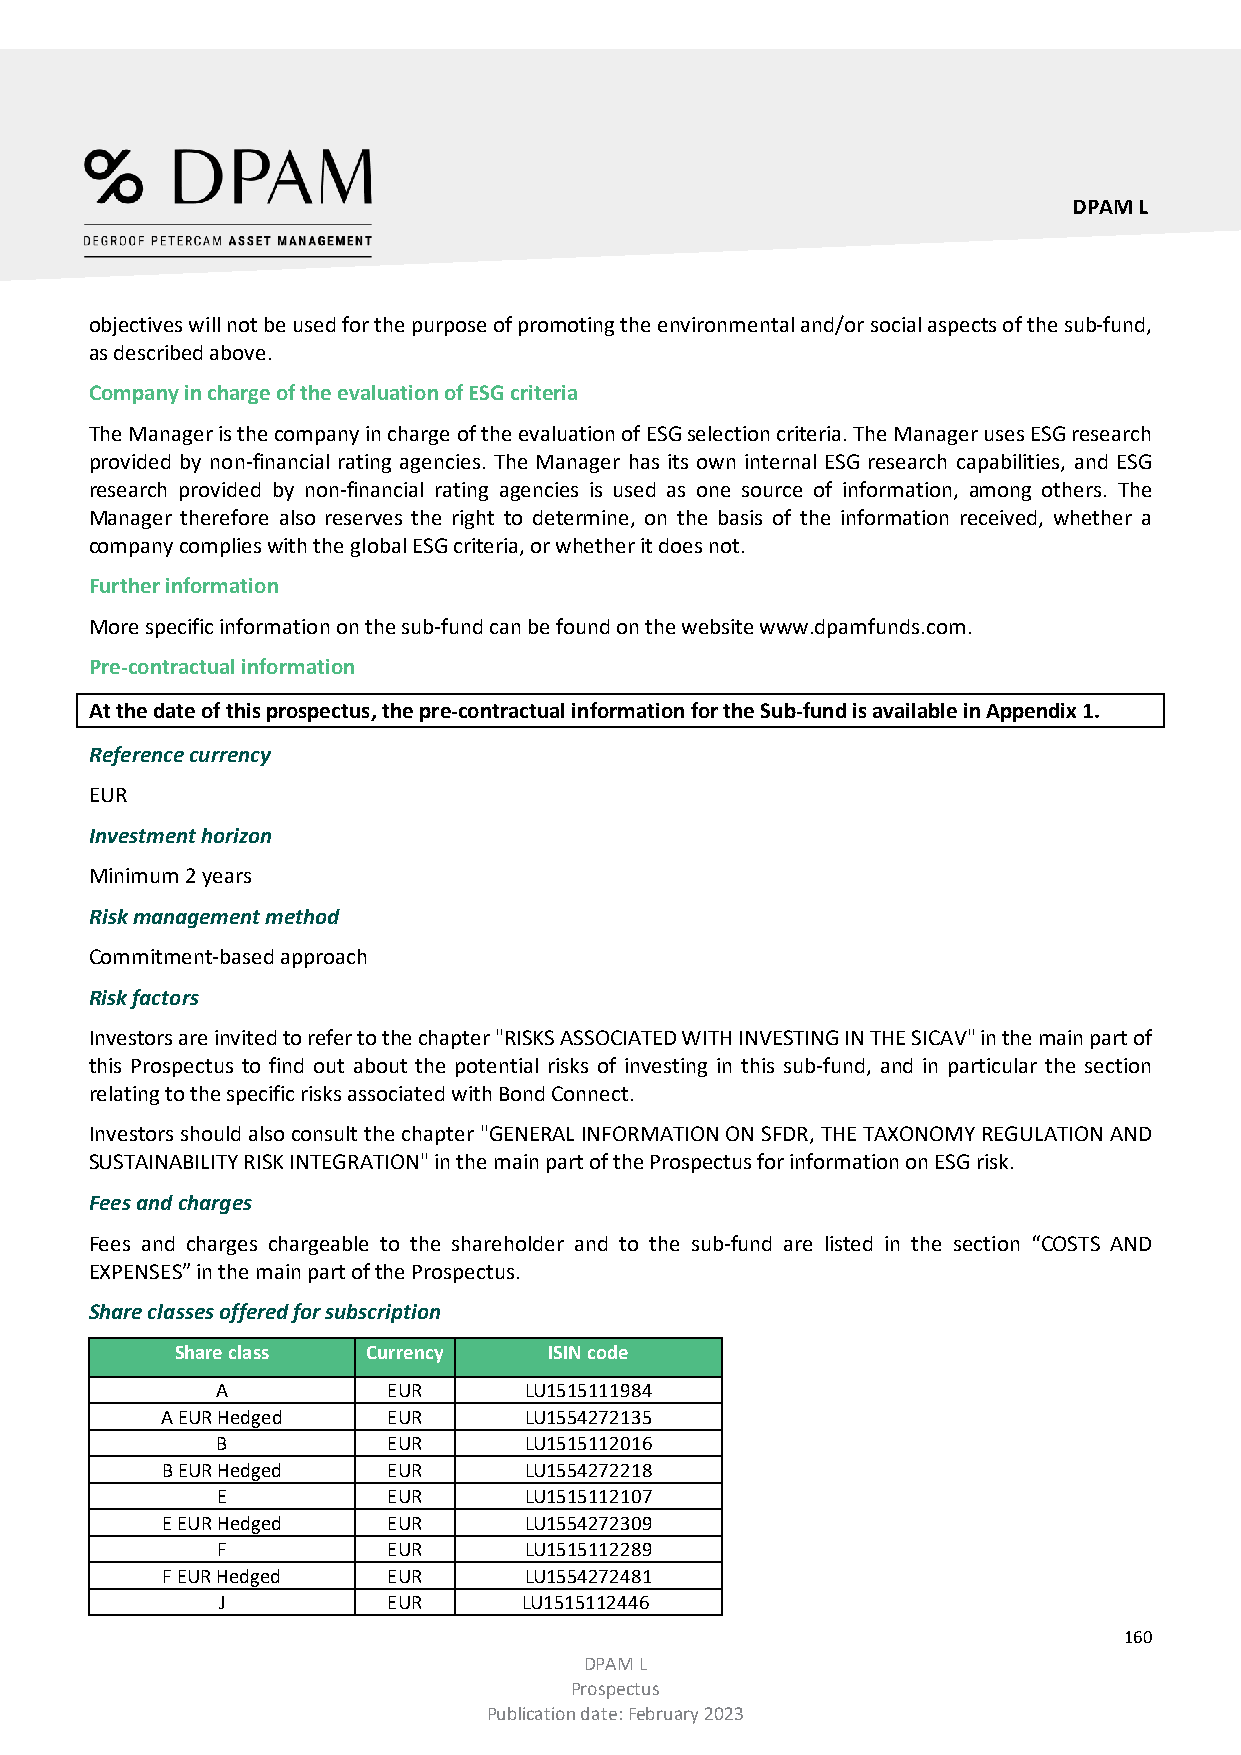
DPAM L
 objectives will not be used for the purpose of promoting the environmental and/or social aspects of the sub-fund,
 as described above.
 Company in charge of the evaluation of ESG criteria
 The Manager is the company in charge of the evaluation of ESG selection criteria. The Manager uses ESG research
 provided by non-financial rating agencies. The Manager has its own internal ESG research capabilities, and ESG
 research provided by non-financial rating agencies is used as one source of information, among others. The
 Manager therefore also reserves the right to determine, on the basis of the information received, whether a
 company complies with the global ESG criteria, or whether it does not.
 Further information
 More specific information on the sub-fund can be found on the website www.dpamfunds.com.
 Pre-contractual information
 At the date of this prospectus, the pre-contractual information for the Sub-fund is available in Appendix 1.
 Reference currency
 EUR
 Investment horizon
 Minimum 2 years
 Risk management method
 Commitment-based approach
 Risk factors
 Investors are invited to refer to the chapter "RISKS ASSOCIATED WITH INVESTING IN THE SICAV" in the main part of
 this Prospectus to find out about the potential risks of investing in this sub-fund, and in particular the section
 relating to the specific risks associated with Bond Connect.
 Investors should also consult the chapter "GENERAL INFORMATION ON SFDR, THE TAXONOMY REGULATION AND
 SUSTAINABILITY RISK INTEGRATION" in the main part of the Prospectus for information on ESG risk.
 Fees and charges
 Fees and charges chargeable to the shareholder and to the sub-fund are listed in the section “COSTS AND
 EXPENSES” in the main part of the Prospectus.
 Share classes offered for subscription
 Share class Currency    ISIN code
 A           EUR      LU1515111984
 A EUR Hedged   EUR      LU1554272135
 B           EUR      LU1515112016
 B EUR Hedged   EUR      LU1554272218
 E           EUR      LU1515112107
 E EUR Hedged   EUR      LU1554272309
 F           EUR      LU1515112289
 F EUR Hedged   EUR      LU1554272481
 J           EUR      LU1515112446
 160
 DPAM L
 Prospectus
 Publication date: February 2023